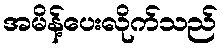
အမိန့်ပေးလိုက်သည်